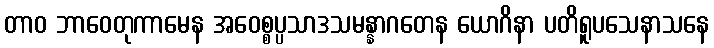
တာဝ ဘာဝေတုကာမေန အဝေစ္စပ္ပသာဒသမန္နာဂတေန ယောဂိနာ ပတိရူပသေနာသနေ